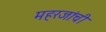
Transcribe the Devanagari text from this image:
महरजांची